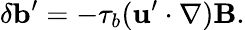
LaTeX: \delta{\mathbf{b}}^{\prime}=-\tau_{b}({\mathbf{u}}^{\prime}\cdot\nabla){\mathbf{B}}.